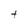
Character: t